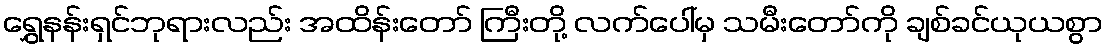
ရွှေနန်းရှင်ဘုရားလည်း အထိန်းတော် ကြီးတို့ လက်ပေါ်မှ သမီးတော်ကို ချစ်ခင်ယုယစွာ